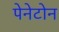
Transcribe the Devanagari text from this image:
पेनेटोन